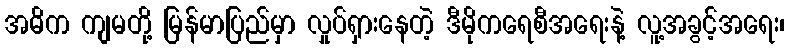
အဓိက ကျမတို့ မြန်မာပြည်မှာ လှုပ်ရှားနေတဲ့ ဒီမိုကရေစီအရေးနဲ့ လူ့အခွင့်အရေး၊